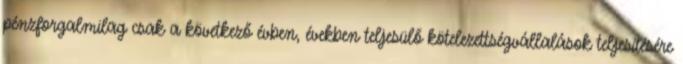
pénzforgalmilag csak a következő évben, években teljesülő kötelezettségvállalások teljesítésére